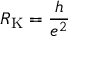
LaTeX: R _ { \mathrm { K } } = { \frac { h } { e ^ { 2 } } }